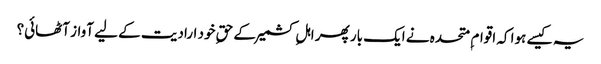
یہ کیسے ہوا کہ اقوام ِ متحدہ نے ایک بار پھر اہلِ کشمیرکے حقِ خود ارادیت کے لیے آواز آٹھائی؟